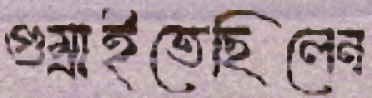
গুম্‌রাইতেছিলেন